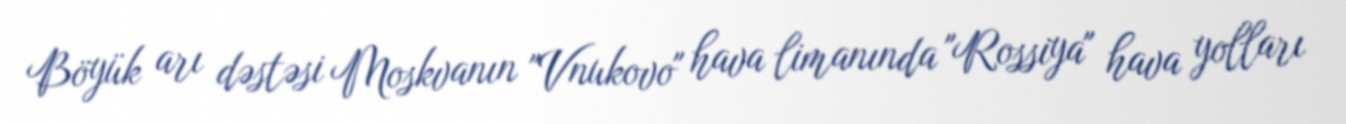
Böyük arı dəstəsi Moskvanın "Vnukovo" hava limanında "Rossiya" hava yolları